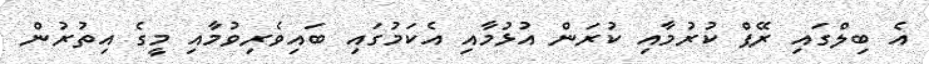
އެ ބިލްގައި ރޭޕް ކުރުމާއި ކުރަން އުޅުމާއި އެކަމުގައި ބައިވެރިވުމާއި މީގެ އިތުރުން